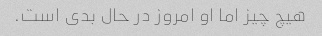
هیچ چیز اما او امروز در حال بدی است.